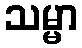
သမ္မာ